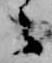
候